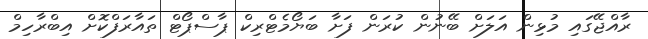
ރާއްޖޭގައި މުޅިން އަލަށް ބޭނުން ކުރަން ފަށާ ބަޔޯމެޓްރިކް ޕާސްޕޯޓް ތައާރަފްކޮށް އިބްރާހިމް